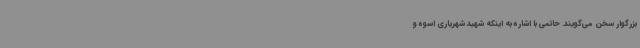
بزرگوار سخن می‌گویند. حاتمی با اشاره به اینکه شهید شهریاری اسوه و